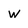
Character: w